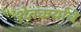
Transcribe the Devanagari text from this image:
शेतकर्यांचे